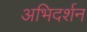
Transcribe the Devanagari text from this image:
अभिदर्शन